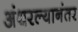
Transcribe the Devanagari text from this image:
अंथरल्यानंतर